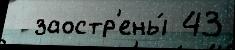
  заостр'ены́ 43